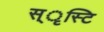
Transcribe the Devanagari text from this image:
स्ृस्टि